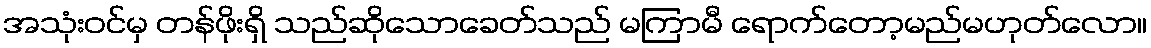
အသုံးဝင်မှ တန်ဖိုးရှိ သည်ဆိုသောခေတ်သည် မကြာမီ ရောက်တော့မည်မဟုတ်လော။